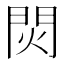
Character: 焛